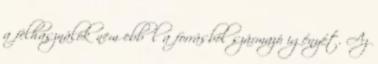
a felhasználók nem ebből a forrásból származó igényét. Az